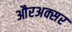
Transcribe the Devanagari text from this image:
औरअक्सर